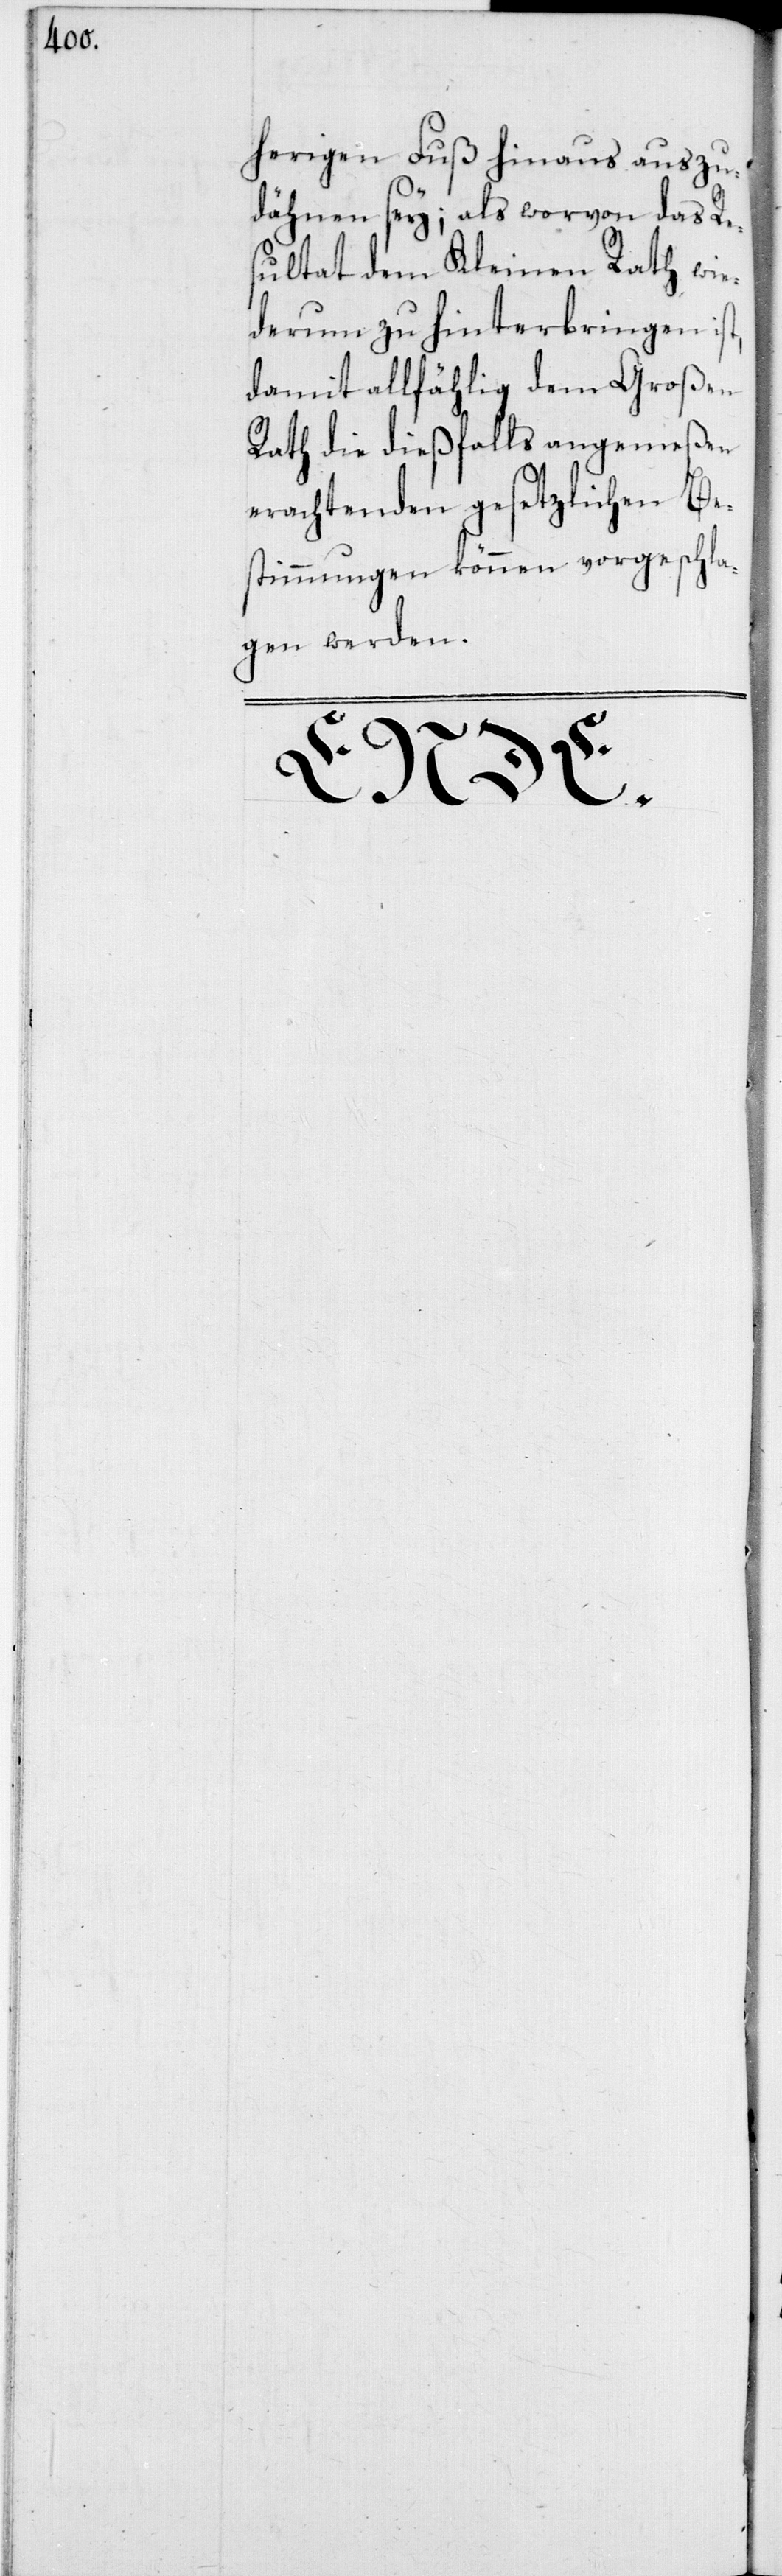
herigen Fuß hinaus auszu¬
dehnen sey; als worvon das Re¬
sultat dem Kleinen Rath wie¬
derum zu hinterbringen ist,
damit allfählig dem Großen
Rath die dießfalls angemeßen
erachtenden gesetzlichen Be¬
stimmungen können vorgeschla¬
gen werden.